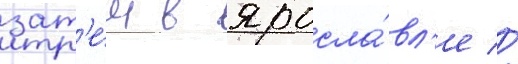
зат'е́м в яросла́вл'е //